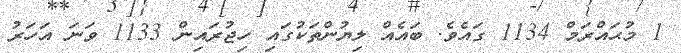
1 މުޙައްރަމް 1134 ގައެވެ. ބައެއް ލިޔުންތަކުގައި ހިޖުރައިން 1133 ވަނަ އަހަރު